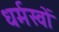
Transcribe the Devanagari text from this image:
धर्मस्वों